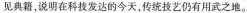
见典籍，说明在科技发达的今天，传统工艺仍有用武之地。